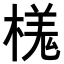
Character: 𣘎